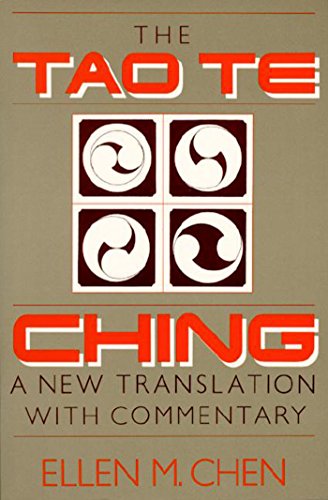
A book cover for Tao Te Ching: A New Translation with Commentary; Religion & Spirituality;